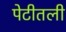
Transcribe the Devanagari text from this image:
पेटीतली